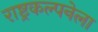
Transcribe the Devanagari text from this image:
राष्ट्रकल्पनेला